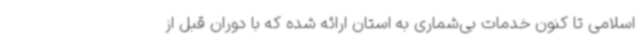
اسلامی تا کنون خدمات بی‌شماری به استان ارائه شده که با دوران قبل از